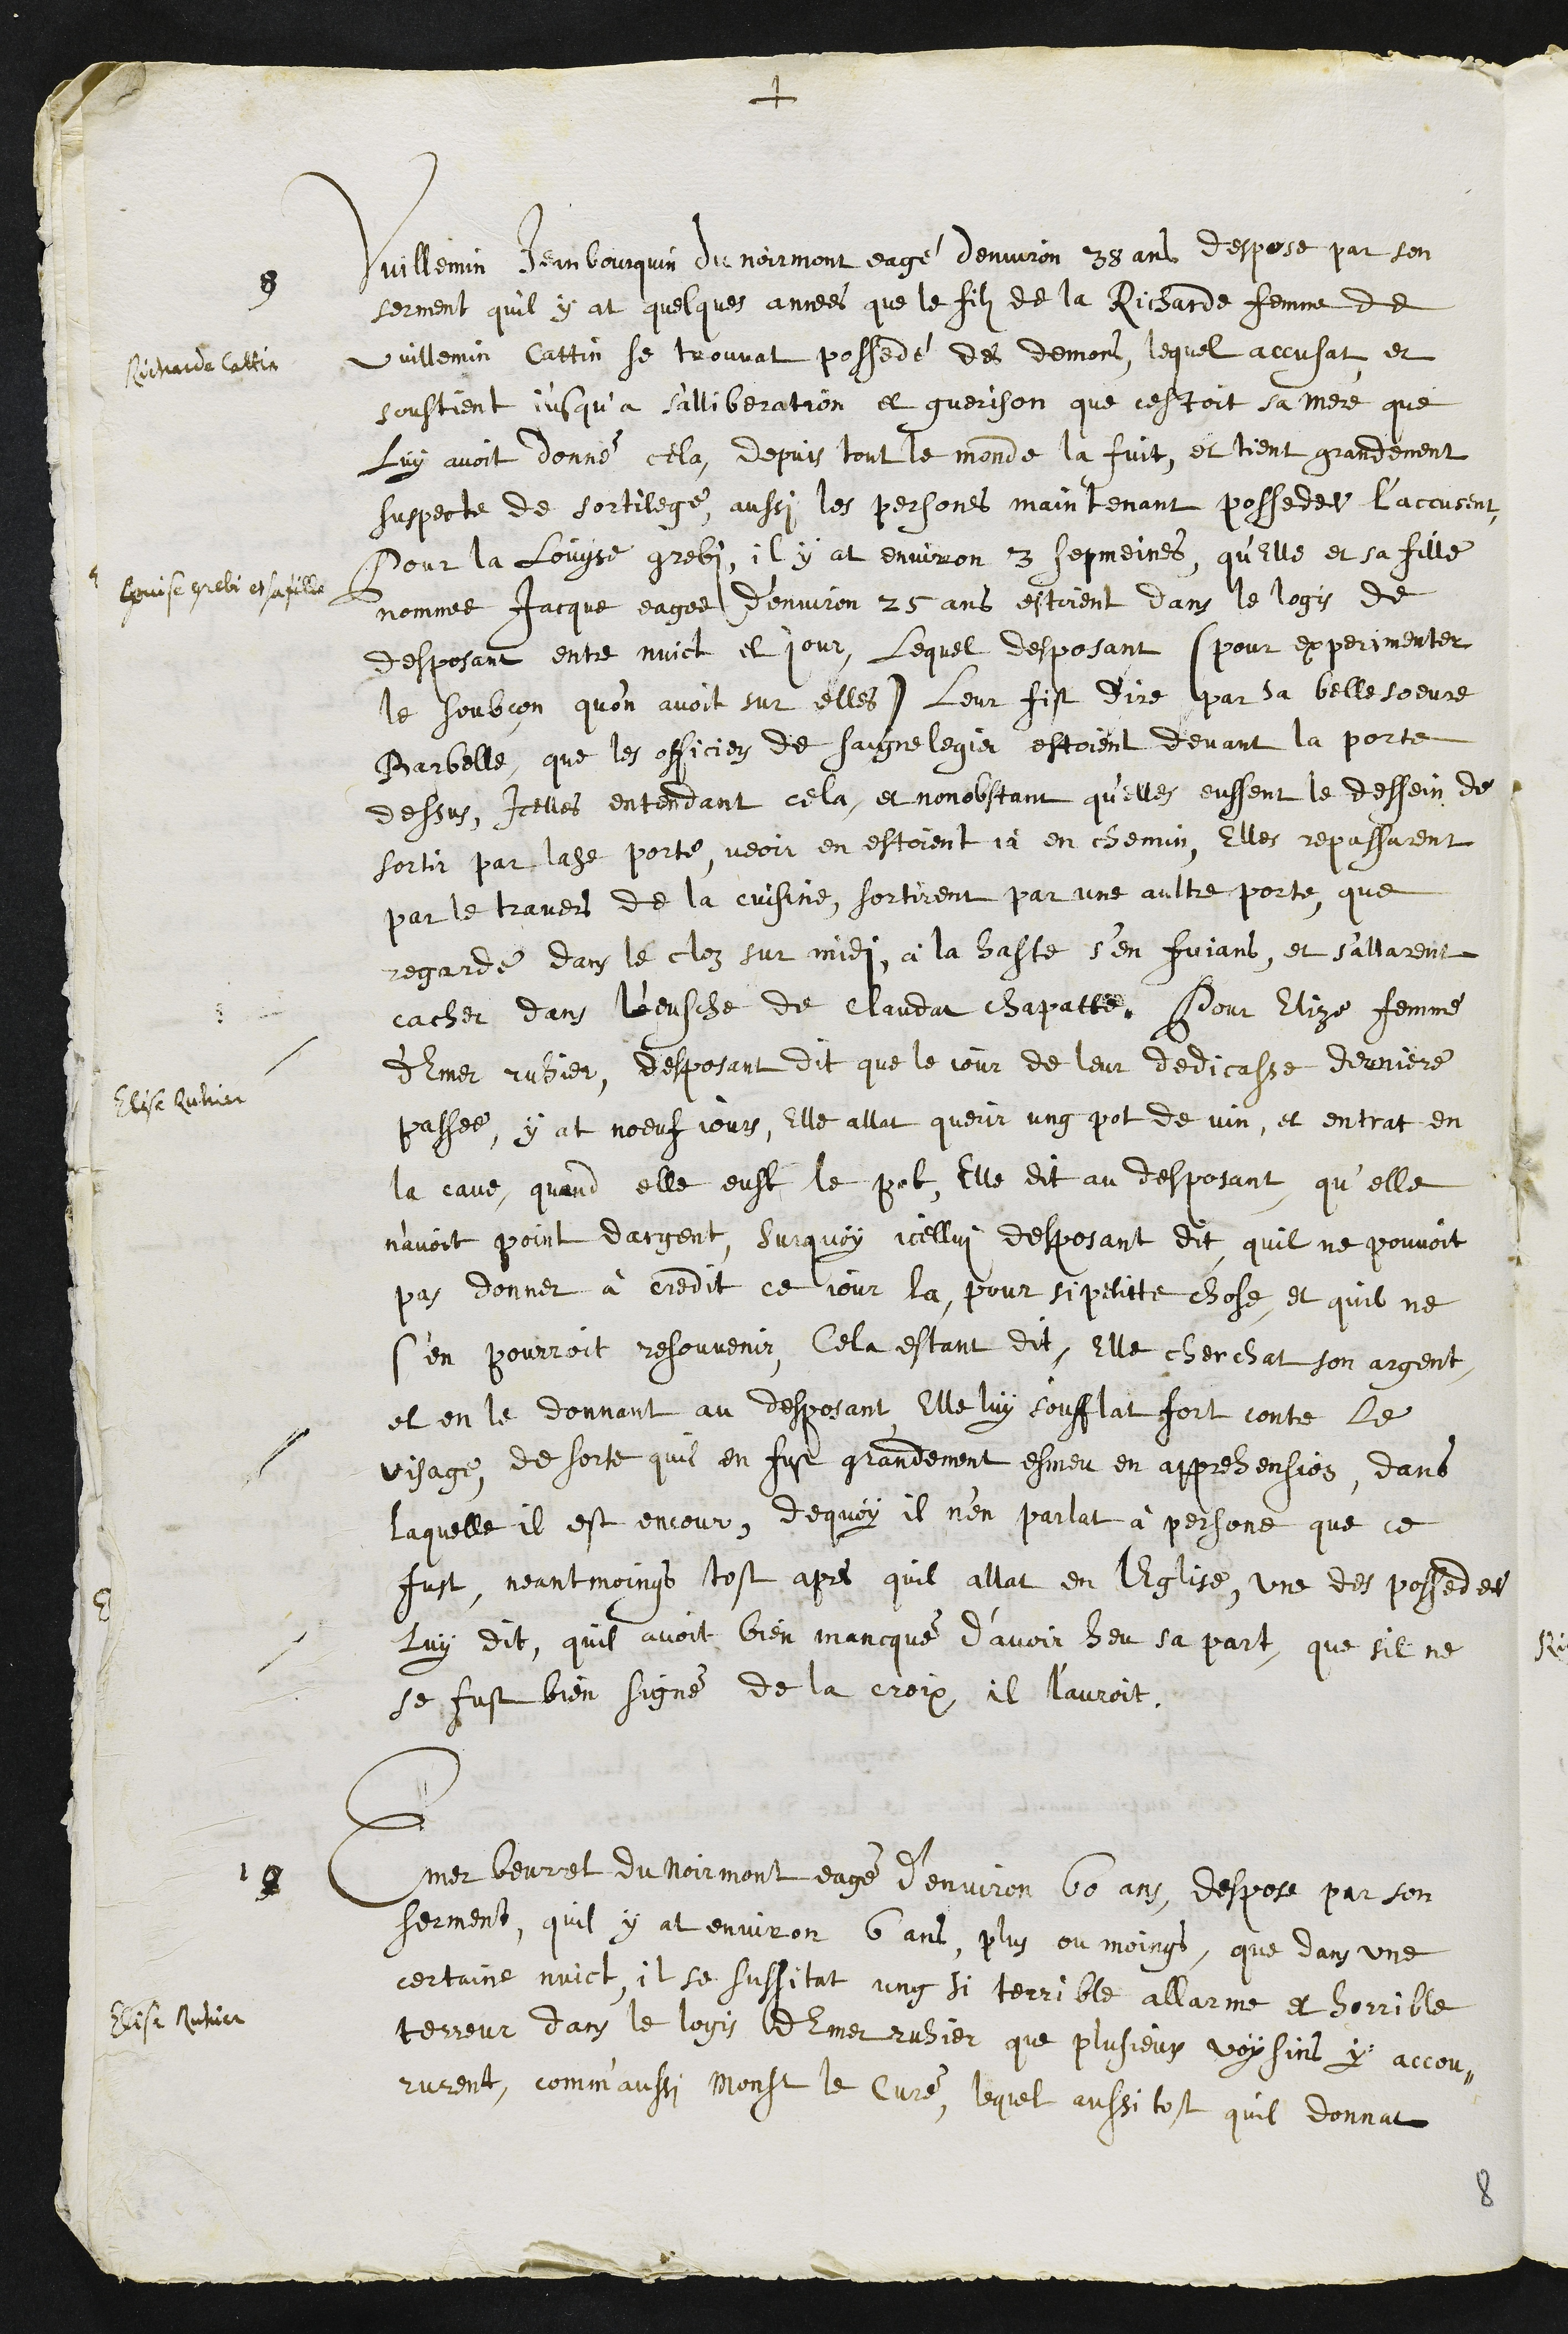
+
Richarde Cattin
Louise Grebi et sa fille
Elise Ruhier
Elise Ruhier
9
Vuillemin Jean Bourquin du Noirmont eagé denviron 38 ans despose par son
serment quil y at quelques annees que le filz de la Richarde femme de
Vuillemin Cattin se trouvat possedé des demons, lequel accusat et
soustient jusqu’a s'alliberation et guerison que cestoit sa mere que
luy avoit donné cela, depuis tout le monde la fuit et tient grandement
suspecte de sortilege, aussi les persones maintenant possedees l’accusent
Pour la Louyse grebi, il y at environ 3 sepmaines, qu’Elle et sa fille
nommee Jacque eagee d’environ 25 ans estoient dans le logis de
desposant entre nuict et jour, lequel desposant (pour experimenter
le soubçon qu'on avoit sur elles) leur fist dire par sa belle soeure
Barbelle, que les officiers de Saignelegier estoient devant la porte
dessus, icelles entendant cela, et nonobstant qu'elles eussent le dessein de
sortir par ladite porte, veoir en estoient jà en chemin, Elles repassarent
par le travers de la cuisine, sortirent par une aultre porte, que
regarde dans le cloz sur midy, à la haste s’en fuians, et s’allarent
cacher dans l'eusche de Claudat chappatte. Pour Elize femme
d'Emer ruhier, desposant dit que le jour de leur dedicasse derniere
passee, y at noeuf jours, Elle allat querir ung pot de vin, et entrat en
la cave, quand elle eust le pot, elle dit au desposant qu’elle
navoit point dargent, Surquoy icellui desposant dit quil ne pouvoit
pas donner à credit ce jour la pour si petitte chose, et quil ne
s’en pourroit resouvenir, Cela estant dit, Elle cherchat son argent
et en le donnant au desposant, Elle luy soufflat fort contre le
visage, de sorte quil en fust grandement esmeu en apprehension, dans
laquelle il est encour, de quoy il n’en parlat à persone que ce
fust, neantmoings tost apres quil allat en lEglise, une des possedees
luy dit, quil avoit bien mancqué d’avoir heu sa part, que sil ne
se fust bien signé de la croix, il l'auroit.
10
Emer beurret du Noirmont eagé d’environ 60 ans, despose par son
serment, quil y at environ 6 ans, plus ou moings, que dans une
certaine nuict, il se sussitat ung si terrible allarme et horrible
terreur dans le logis d'Emer ruhier que plusieurs voysins y accou-
rurent, comm’aussi monsieur le Curé, lequel aussi tost quil donnat
8